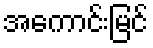
အကောင်းမြင်